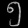
Digit: ၅